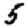
Digit: 5